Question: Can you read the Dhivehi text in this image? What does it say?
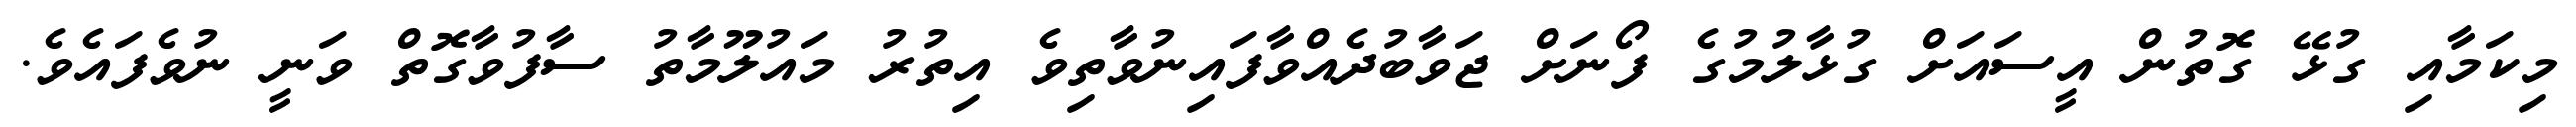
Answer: މިކަމާއި ގުޅޭ ގޮތުން އީސައަށް ގުޅާލުމުގެ ފޯނަށް ޖަވާބުދެއްވާފައިނުވާތިވެ އިތުރު މައުލޫމާތު ސާފުވާގޮތް ވަނީ ނުވެފައެވެ.